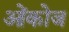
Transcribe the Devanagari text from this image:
ओंकोज